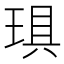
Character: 𤦚